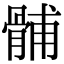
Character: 䯙